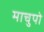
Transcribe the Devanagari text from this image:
माचुपो